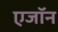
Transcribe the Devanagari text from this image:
एजॉन